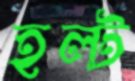
হল্ট